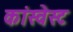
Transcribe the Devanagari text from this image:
कांस्वेस्ट